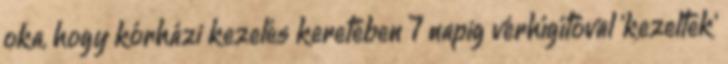
oka, hogy kórházi kezelés keretében 7 napig vérhígítóval 'kezeltek'